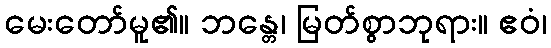
မေးတော်မူ၏။ ဘန္တေ၊ မြတ်စွာဘုရား။ ဧဝံ၊